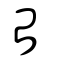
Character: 台